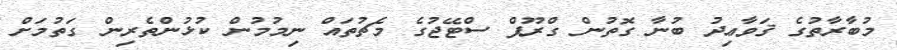
މުބާރާތުގެ ޤަވާޢިދު ބުނާ ގޮތުން ގްރޫޕް ސްޓޭޖުގެ މެޗުތައް ނިމުމުން ކުޅުންތެރިން ގަތުމަށް